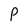
Character: P